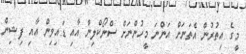
މީގެ އިތުރުން އެތަނަށް އަންނަ މީހުންނަށް ސްނޯކްލިން އާއި ޑައިވިން އާއި ފިޝިން